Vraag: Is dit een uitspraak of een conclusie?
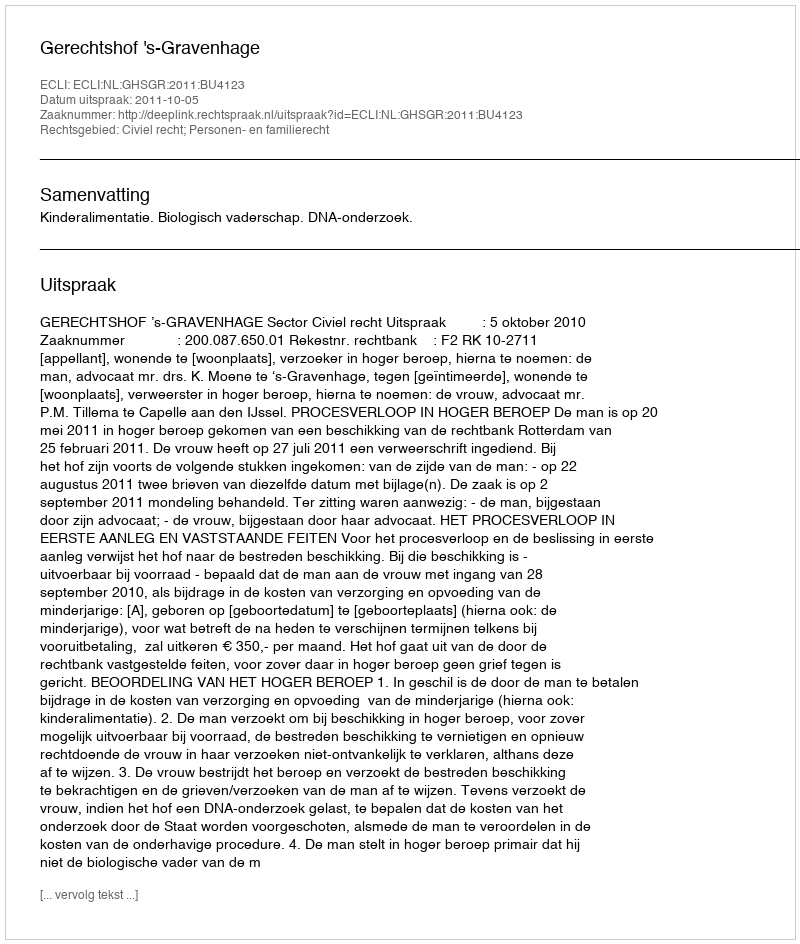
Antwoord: Uitspraak